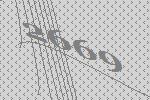
2669